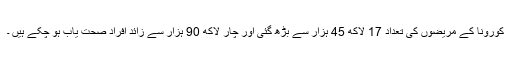
کورونا کے مریضوں کی تعداد 17 لاکھ 45 ہزار سے بڑھ گئی اور چار لاکھ 90 ہزار سے زائد افراد صحت یاب ہو چکے ہیں ۔